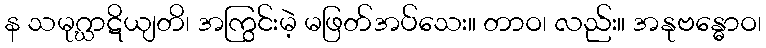
န သမုဂ္ဃာဋိယျတိ၊ အကြွင်းမဲ့ မဖြတ်အပ်သေး။ တာဝ၊ လည်း။ အနုဗန္ဓောဝ၊